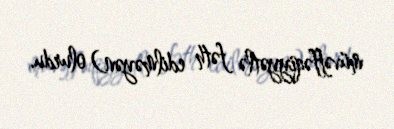
müvəffəqiyyətlə fəth edilməyən) olurdu.